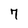
Character: 7